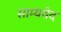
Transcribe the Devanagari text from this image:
साम्‍यवेद